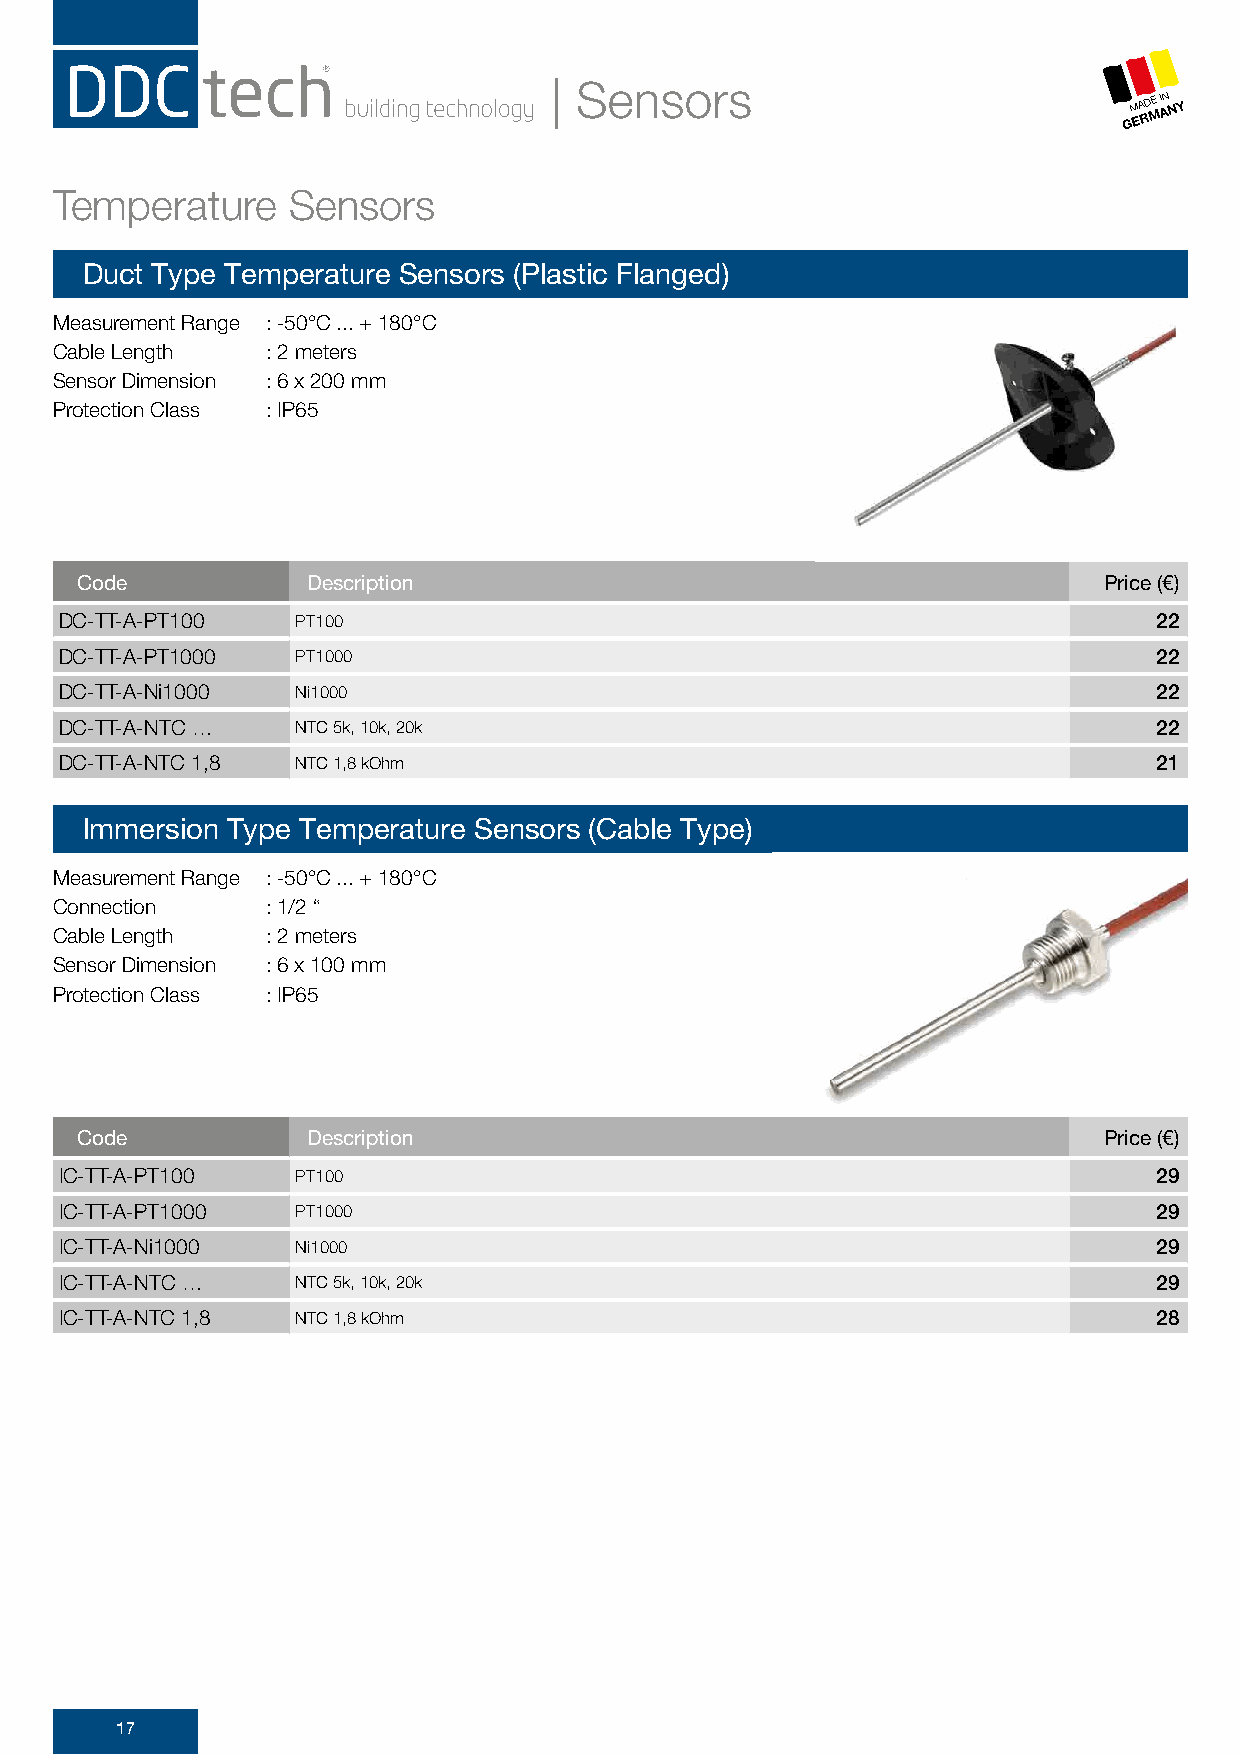
| Sensors
 GM EA RD ME I AN NY
 Temperature    Sensors
 Duct Type Temperature Sensors (Plastic Flanged)
 Measurement Range : -50°C ... + 180°C
 Cable Length  : 2 meters
 Sensor Dimension : 6 x 200 mm
 Protection Class : IP65
 Code           Description                                          Price (€)
 DC-TT-A-PT100   PT100                                                    22
 DC-TT-A-PT1000  PT1000                                                   22
 DC-TT-A-Ni1000  Ni1000                                                   22
 DC-TT-A-NTC …   NTC 5k, 10k, 20k                                         22
 DC-TT-A-NTC 1,8 NTC 1,8 kOhm                                             21
 Immersion Type Temperature Sensors (Cable Type)
 Measurement Range : -50°C ... + 180°C
 Connection    : 1/2 “
 Cable Length  : 2 meters
 Sensor Dimension : 6 x 100 mm
 Protection Class : IP65
 Code           Description                                          Price (€)
 IC-TT-A-PT100   PT100                                                    29
 IC-TT-A-PT1000  PT1000                                                   29
 IC-TT-A-Ni1000  Ni1000                                                   29
 IC-TT-A-NTC …   NTC 5k, 10k, 20k                                         29
 IC-TT-A-NTC 1,8 NTC 1,8 kOhm                                             28
 17